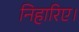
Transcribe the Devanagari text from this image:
निहारिए।